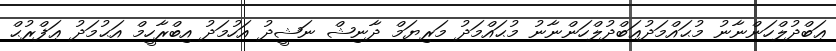
ޢަބްދުލްހަންނާނު މުޙައްމަދުޢަބްދުލްހަންނާނު މުޙައްމަދު މަރިޔަމް ދާނިޝް ނަޝީދު އަހުމަދު އިބްރާހީމް އަޙުމަދު ޢަފްރުޙް